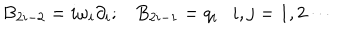
LaTeX: B _ { 2 i - 2 } = i \omega _ { i } \partial _ { i } ; B _ { 2 i - 1 } = q _ { i } \ \ \ i , j = 1 , 2 \cdots